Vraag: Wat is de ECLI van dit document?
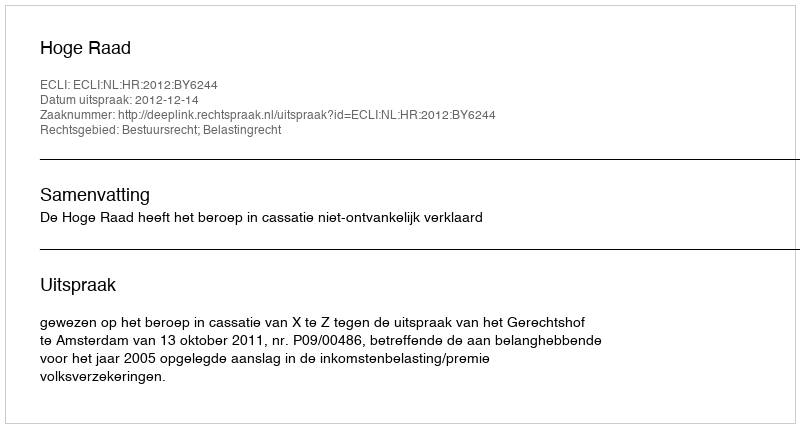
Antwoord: ECLI:NL:HR:2012:BY6244